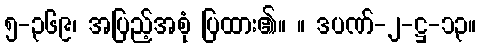
၅-၃၆၉၊ အပြည့်အစုံ ပြထား၏။ ။ ဒပဏ်-၂-ဋ္ဌ-၁၃။